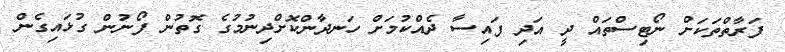
ފަރާތްތަކަށް ނޯޓިސްތައް ދީ އަދި ފައިސާ ދެއްކުމަށް ހަނދާންކޮށްދިނުމުގެ ގޮތުން ފޯނުން ގުޅައިގެން